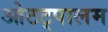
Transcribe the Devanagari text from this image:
ओटट्पालम